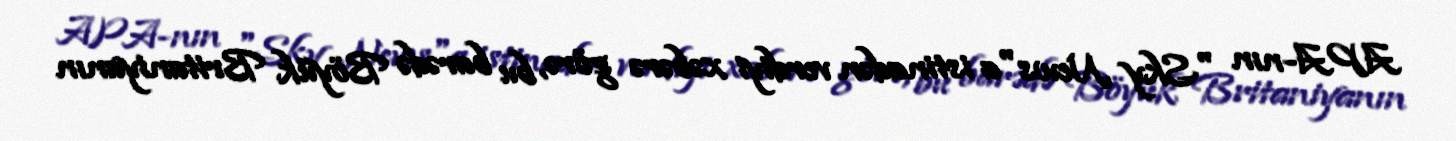
APA-nın "Sky News"a istinadən verdiyi xəbərə görə, bu barədə Böyük Britaniyanın